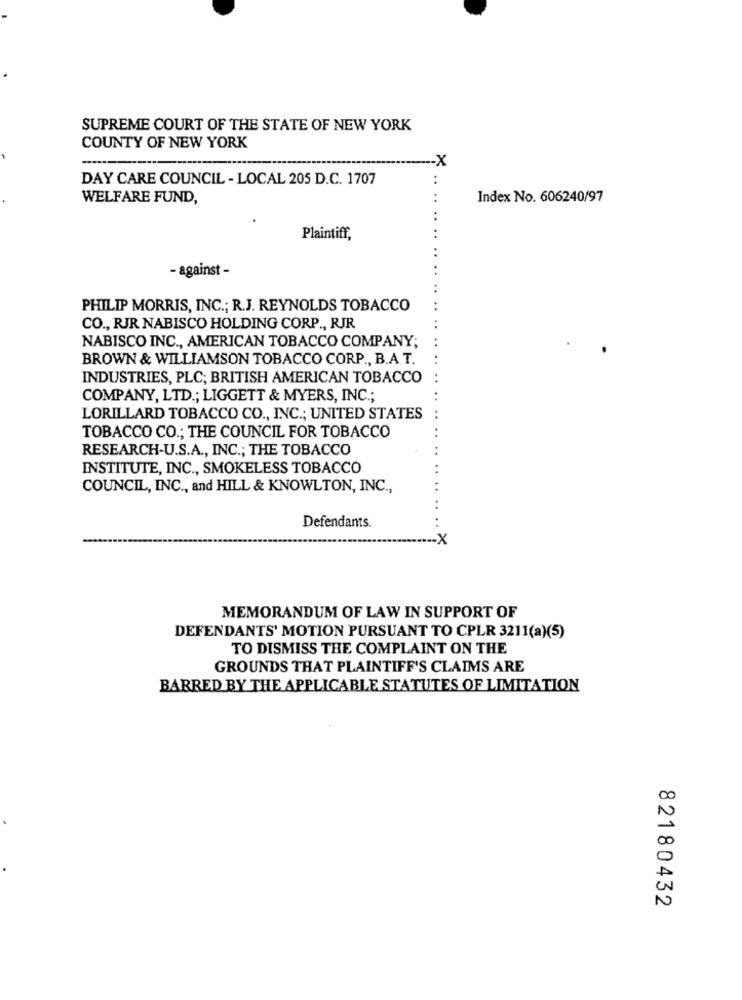
SUPREME COURT OF THE STATE OF NEW YORK
COUNTY OF NEW YORK
-X
DAY CARE COUNCIL - LOCAL 205 D.C. 1707
WELFARE FUND,
Index No. 606240/97
Plaintiff,
- against -
PHILIP MORRIS, INC .; R.J. REYNOLDS TOBACCO
CO ., RJR NABISCO HOLDING CORP ., RJR
NABISCO INC ., AMERICAN TOBACCO COMPANY;
BROWN & WILLIAMSON TOBACCO CORP ., B.A.T.
INDUSTRIES, PLC; BRITISH AMERICAN TOBACCO
COMPANY, LTD .; LIGGETT & MYERS, INC .;
LORILLARD TOBACCO CO ., INC .; UNITED STATES
TOBACCO CO .; THE COUNCIL FOR TOBACCO
RESEARCH-U.S.A ., INC .; THE TOBACCO
INSTITUTE, INC ., SMOKELESS TOBACCO
COUNCIL, INC ., and HILL & KNOWLTON, INC .,
Defendants.
. .
-X
MEMORANDUM OF LAW IN SUPPORT OF
DEFENDANTS' MOTION PURSUANT TO CPLR 3211(a)(5)
TO DISMISS THE COMPLAINT ON THE
GROUNDS THAT PLAINTIFF'S CLAIMS ARE
BARRED BY THE APPLICABLE STATUTES OF LIMITATION
N
0
82180432